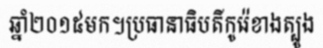
ឆ្នាំ២០១៥មក។ប្រធានាធិបតីកូរ៉េខាងត្បូង